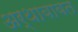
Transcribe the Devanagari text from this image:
अर्थाबाबत